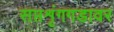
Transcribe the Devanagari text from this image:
सप्तशृंगगडावर